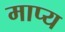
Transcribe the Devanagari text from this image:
माप्य